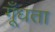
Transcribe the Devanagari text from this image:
गूँधता